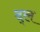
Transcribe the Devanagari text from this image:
द्ल